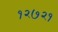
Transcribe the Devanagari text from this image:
१२७२१